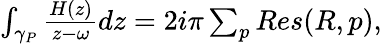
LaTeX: \begin{array}{r}{\int_{\gamma_{P}}\frac{H(z)}{z-\omega}dz=2i\pi\sum_{p}Res(R,p),}\end{array}